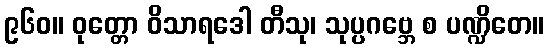
၉၆၀။ ဝုတ္တော ဝိသာရဒေါ တီသု၊ သုပ္ပဂဗ္ဘေ စ ပဏ္ဍိတေ။